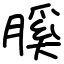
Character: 膎